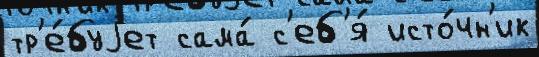
тр'е́буjет сама́ с'еб'я́ исто́чн'ик